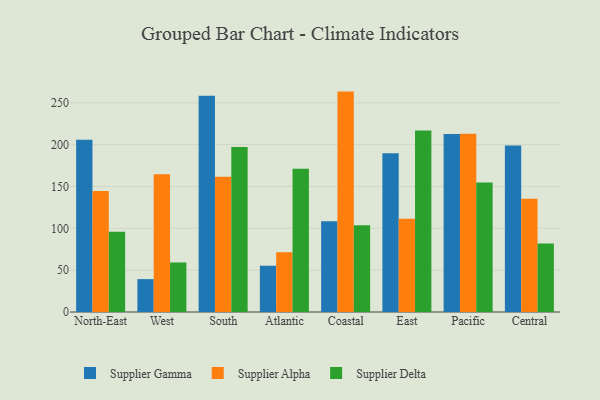
{"axis": {"x": "Region", "y": "Conversion Rate (%)"}, "legend": ["Supplier Alpha", "Supplier Delta", "Supplier Gamma"], "data": [{"x": "North-East", "y": 206.0, "type": "Supplier Gamma"}, {"x": "North-East", "y": 144.5, "type": "Supplier Alpha"}, {"x": "North-East", "y": 95.9, "type": "Supplier Delta"}, {"x": "West", "y": 39.3, "type": "Supplier Gamma"}, {"x": "West", "y": 164.5, "type": "Supplier Alpha"}, {"x": "West", "y": 59.2, "type": "Supplier Delta"}, {"x": "South", "y": 258.5, "type": "Supplier Gamma"}, {"x": "South", "y": 161.7, "type": "Supplier Alpha"}, {"x": "South", "y": 197.3, "type": "Supplier Delta"}, {"x": "Atlantic", "y": 55.3, "type": "Supplier Gamma"}, {"x": "Atlantic", "y": 71.4, "type": "Supplier Alpha"}, {"x": "Atlantic", "y": 171.2, "type": "Supplier Delta"}, {"x": "Coastal", "y": 108.4, "type": "Supplier Gamma"}, {"x": "Coastal", "y": 263.4, "type": "Supplier Alpha"}, {"x": "Coastal", "y": 103.8, "type": "Supplier Delta"}, {"x": "East", "y": 189.6, "type": "Supplier Gamma"}, {"x": "East", "y": 111.5, "type": "Supplier Alpha"}, {"x": "East", "y": 216.8, "type": "Supplier Delta"}, {"x": "Pacific", "y": 212.7, "type": "Supplier Gamma"}, {"x": "Pacific", "y": 213.1, "type": "Supplier Alpha"}, {"x": "Pacific", "y": 154.9, "type": "Supplier Delta"}, {"x": "Central", "y": 198.9, "type": "Supplier Gamma"}, {"x": "Central", "y": 135.2, "type": "Supplier Alpha"}, {"x": "Central", "y": 81.8, "type": "Supplier Delta"}]}